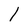
Character: I